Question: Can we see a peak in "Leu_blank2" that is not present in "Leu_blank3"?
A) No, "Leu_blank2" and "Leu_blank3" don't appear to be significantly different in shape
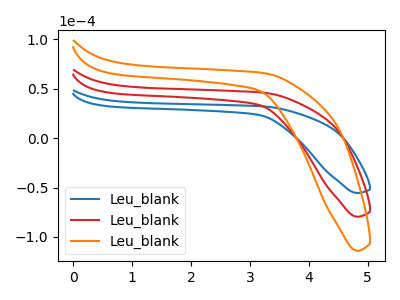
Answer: <think>The blue curve "Leu_blank1" has no peaks. The red curve "Leu_blank2" has no peaks. The orange curve "Leu_blank3" has no peaks.
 Neither "Leu_blank2" or "Leu_blank3" have any peaks.</think>
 <answer>A) No, "Leu_blank2" and "Leu_blank3" don't appear to be significantly different in shape</answer>
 <eval>A</eval>